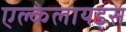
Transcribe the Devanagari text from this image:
एल्केलायड्स